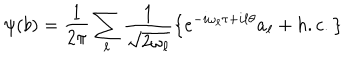
LaTeX: \psi ( b ) = \frac { 1 } { 2 \pi } \sum _ { \ell } \frac { 1 } { \sqrt { 2 \omega _ { \ell } } } \left\lbrace e ^ { - i \omega _ { \ell } \tau + i \ell \theta } a _ { \ell } + h . c . \right\rbrace